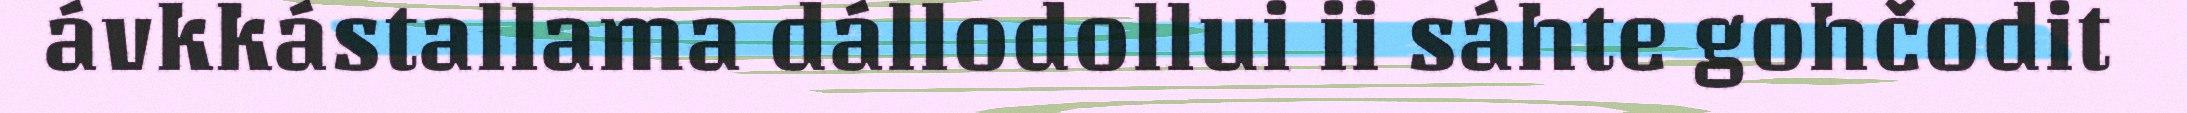
ávkkástallama dállodollui ii sáhte gohčodit